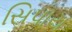
સિપાય